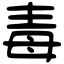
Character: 毒